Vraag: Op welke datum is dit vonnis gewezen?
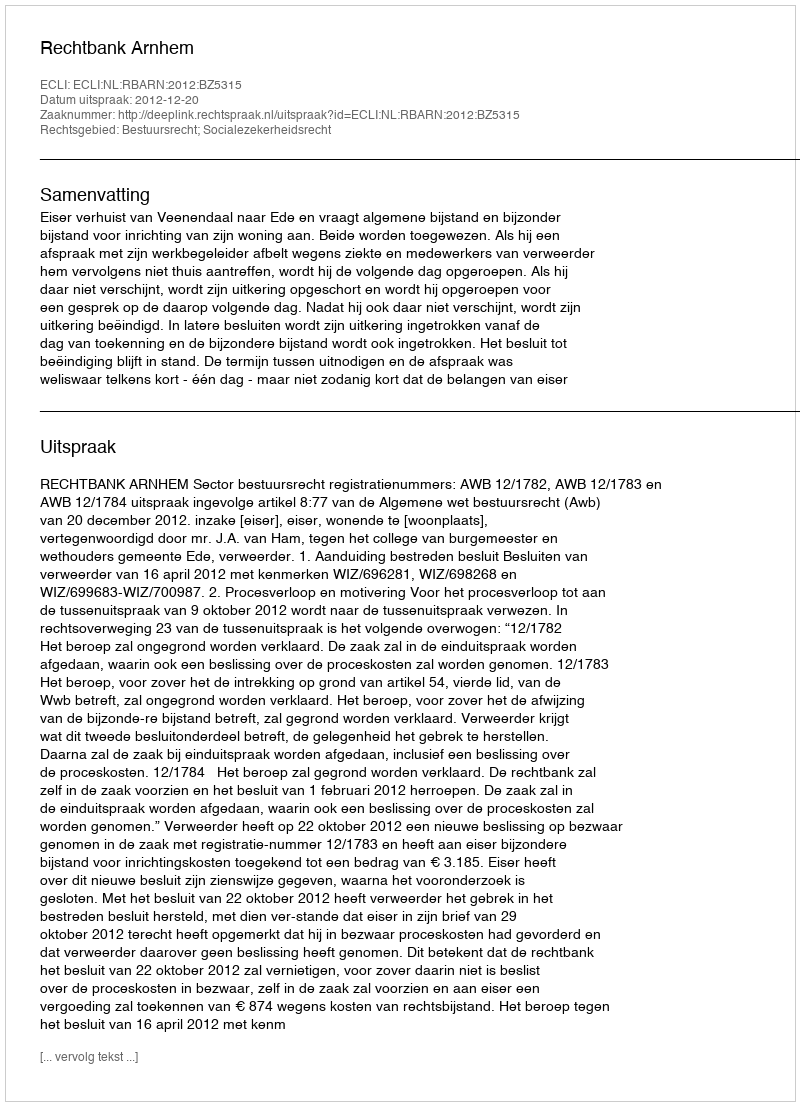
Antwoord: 2012-12-20